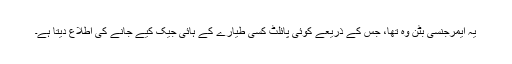
یہ ایمرجنسی بٹن وہ تھا، جس کے ذریعے کوئی پائلٹ کسی طیارے کے ہائی جیک کیے جانے کی اطلاع دیتا ہے۔